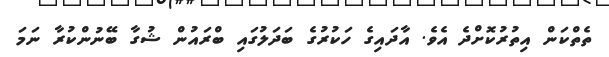
ތެތްކަން އިތުރުކޮށްދެ އެވެ. އާދައިގެ ހަކުރުގެ ބަދަލުގައި ބްރައުން ޝުގާ ބޭނުންކުރާ ނަމަ